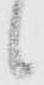
候